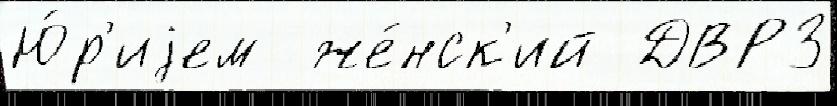
Ю́р'иjем  же́нск'ий ДВРЗ